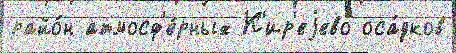
райо́н атмосф'е́рных К'ир'еjево оса́дков